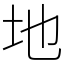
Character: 地